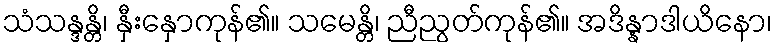
သံသန္ဒန္တိ၊ နှီးနှောကုန်၏။ သမေန္တိ၊ ညီညွတ်ကုန်၏။ အဒိန္နာဒါယိနော၊